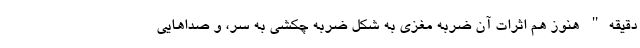
دقیقه" هنوز هم اثرات آن ضربه مغزی به شکل ضربه چکشی به سَر، و صداهایی